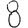
Digit: 8